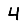
Digit: 4